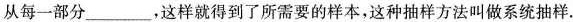
从每一部分___，这样就得到了所需要的样本，这种抽样方法叫做系统抽样。